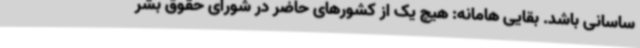
ساسانی باشد. بقایی هامانه: هیچ یک از کشورهای حاضر در شورای حقوق بشر